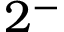
2 ^ { - }